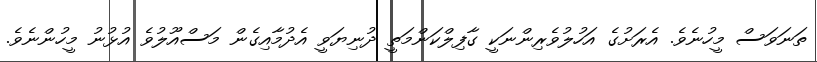
ތަނަވަސް މީހުނެވެ. އެރަށުގެ އަހުލުވެރިންނަކީ ގާފިލްކަންމަތީ ދުނިޔަވީ އެދުމާއިގެން މަސްއޫލުވެ އުޅުނު މީހުންނެވެ.